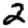
Digit: 2